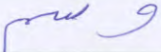
وسم